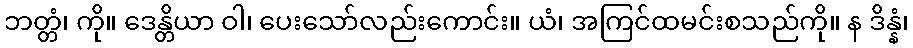
ဘတ္တံ၊ ကို။ ဒေန္တိယာ ဝါ၊ ပေးသော်လည်းကောင်း။ ယံ၊ အကြင်ထမင်းစသည်ကို။ န ဒိန္နံ၊